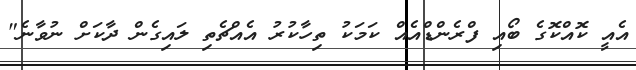
އެއީ ކޮއްކޮގެ ބޯއި ފްރެންޑްއެއް ކަމަކު ތިހާކުރު އެއްޗެތި ލައިގެން ދާކަށް ނުވާނެ"